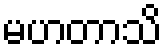
မဟတာသိ